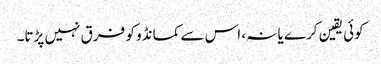
کوئی یقین کرے یا نہ، اس سے کمانڈو کو فرق نہیں پڑتا۔